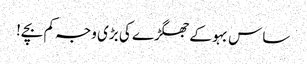
ساس بہو کے جھگڑے کی بڑی وجہ کم بچے!